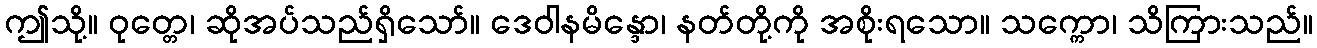
ဤသို့။ ဝုတ္တေ၊ ဆိုအပ်သည်ရှိသော်။ ဒေဝါနမိန္ဒော၊ နတ်တို့ကို အစိုးရသော။ သက္ကော၊ သိကြားသည်။